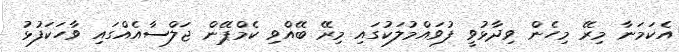
އެކަމަނާ މިރޭ މިހެން ވިދާޅުވީ ފުވައްމުލަކުގައި މިރޭ ބޭއްވި ކެމްޕޭން ޖަލްސާއެއްގައި ވާހަކަފުޅު